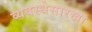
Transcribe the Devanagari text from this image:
व्यवस्थेसारखा